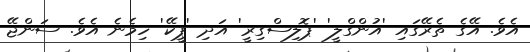
އެވެ. އޭގެ ތެރޭގައި 'އުންގްލީ' 'ޕޮލިސްގިރީ' އަދި 'ޕީކޭ' ހިމެނެ އެވެ. ސަންޖޭ